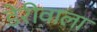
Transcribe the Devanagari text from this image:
डेरीवाला